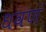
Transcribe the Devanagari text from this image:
धवणं